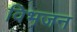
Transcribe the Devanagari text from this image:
विभजन